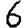
Digit: 6